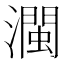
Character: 𤁝